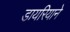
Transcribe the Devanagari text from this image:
डायरियाने